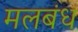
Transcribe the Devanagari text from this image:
मलबंध